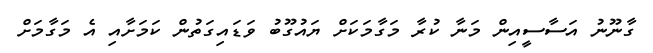
ގާނޫނު އަސާސީއިން މަނާ ކުރާ މަގާމަކަށް ޔައުގޫބު ވަޑައިގަތުން ކަމަށާއި އެ މަގާމަށް